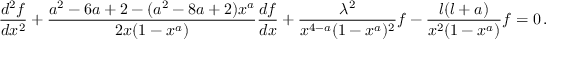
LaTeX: \frac { d ^ { 2 } f } { d x ^ { 2 } } + \frac { a ^ { 2 } - 6 a + 2 - ( a ^ { 2 } - 8 a + 2 ) x ^ { a } } { 2 x ( 1 - x ^ { a } ) } \frac { d f } { d x } + \frac { \lambda ^ { 2 } } { x ^ { 4 - a } ( 1 - x ^ { a } ) ^ { 2 } } f - \frac { l ( l + a ) } { x ^ { 2 } ( 1 - x ^ { a } ) } f = 0 \, .